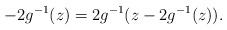
LaTeX: \begin{align*}- 2 g^{-1}(z) &= 2 g^{-1}(z - 2 g^{-1}(z)).\end{align*}